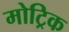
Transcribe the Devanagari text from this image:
मोट्रिक